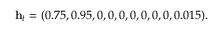
\mathbf { h } _ { t } = ( 0 . 7 5 , 0 . 9 5 , 0 , 0 , 0 , 0 , 0 , 0 , 0 , 0 . 0 1 5 ) .